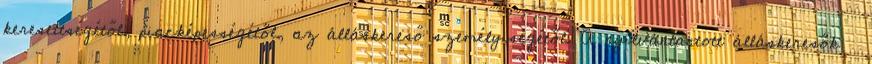
keresettségétől, piacképességétől, az álláskereső személyiségétől. A nyilvántartott álláskeresők 